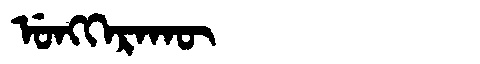
Manchu: ᡠᠩᡴᡝᡵᠠᡴᡡ
Romanization: UNGKERAKŪ